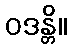
ဝဒန္တိ။